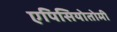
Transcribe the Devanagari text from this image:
एपिसियोतोमी